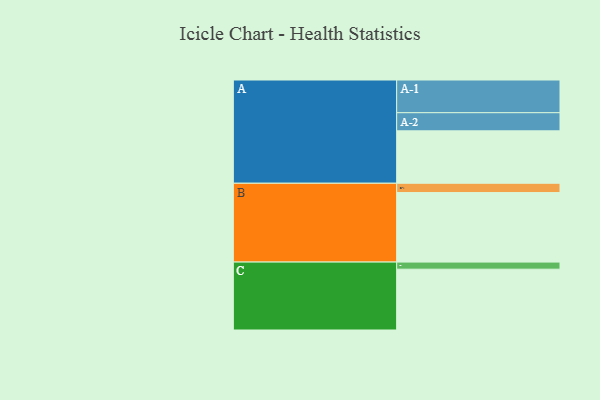
{"axis": {"x": "Segment", "y": "Value"}, "legend": ["", "A", "B", "C"], "data": [{"x": "A", "y": 399, "type": ""}, {"x": "B", "y": 529, "type": ""}, {"x": "C", "y": 463, "type": ""}, {"x": "A-1", "y": 249, "type": "A"}, {"x": "A-2", "y": 138, "type": "A"}, {"x": "B-1", "y": 71, "type": "B"}, {"x": "C-1", "y": 54, "type": "C"}]}